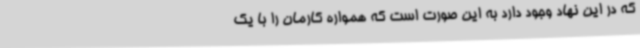
که در این نهاد وجود دارد به این صورت است که همواره کارمان را با یک